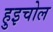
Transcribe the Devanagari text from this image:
हुइचोल